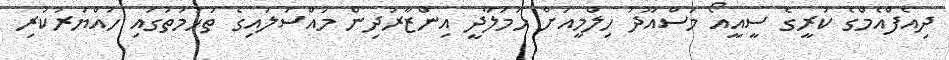
ދިއެފްއެމްގެ ކުރީގެ ސީއީއޯ މަސްއޫދު ހިލްމީއަށް ހަމަލާދީ އިންޒާރުދިން މައްސަލައިގެ ތުހުމަތުގައި ހައްޔަރުކުރި